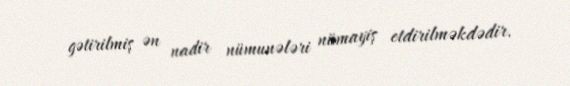
gətirilmiş ən nadir nümunələri nümayiş etdirilməkdədir.